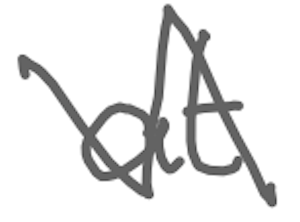
Text: at
Cross-out: zig-zag
Writing tool: digital_gray